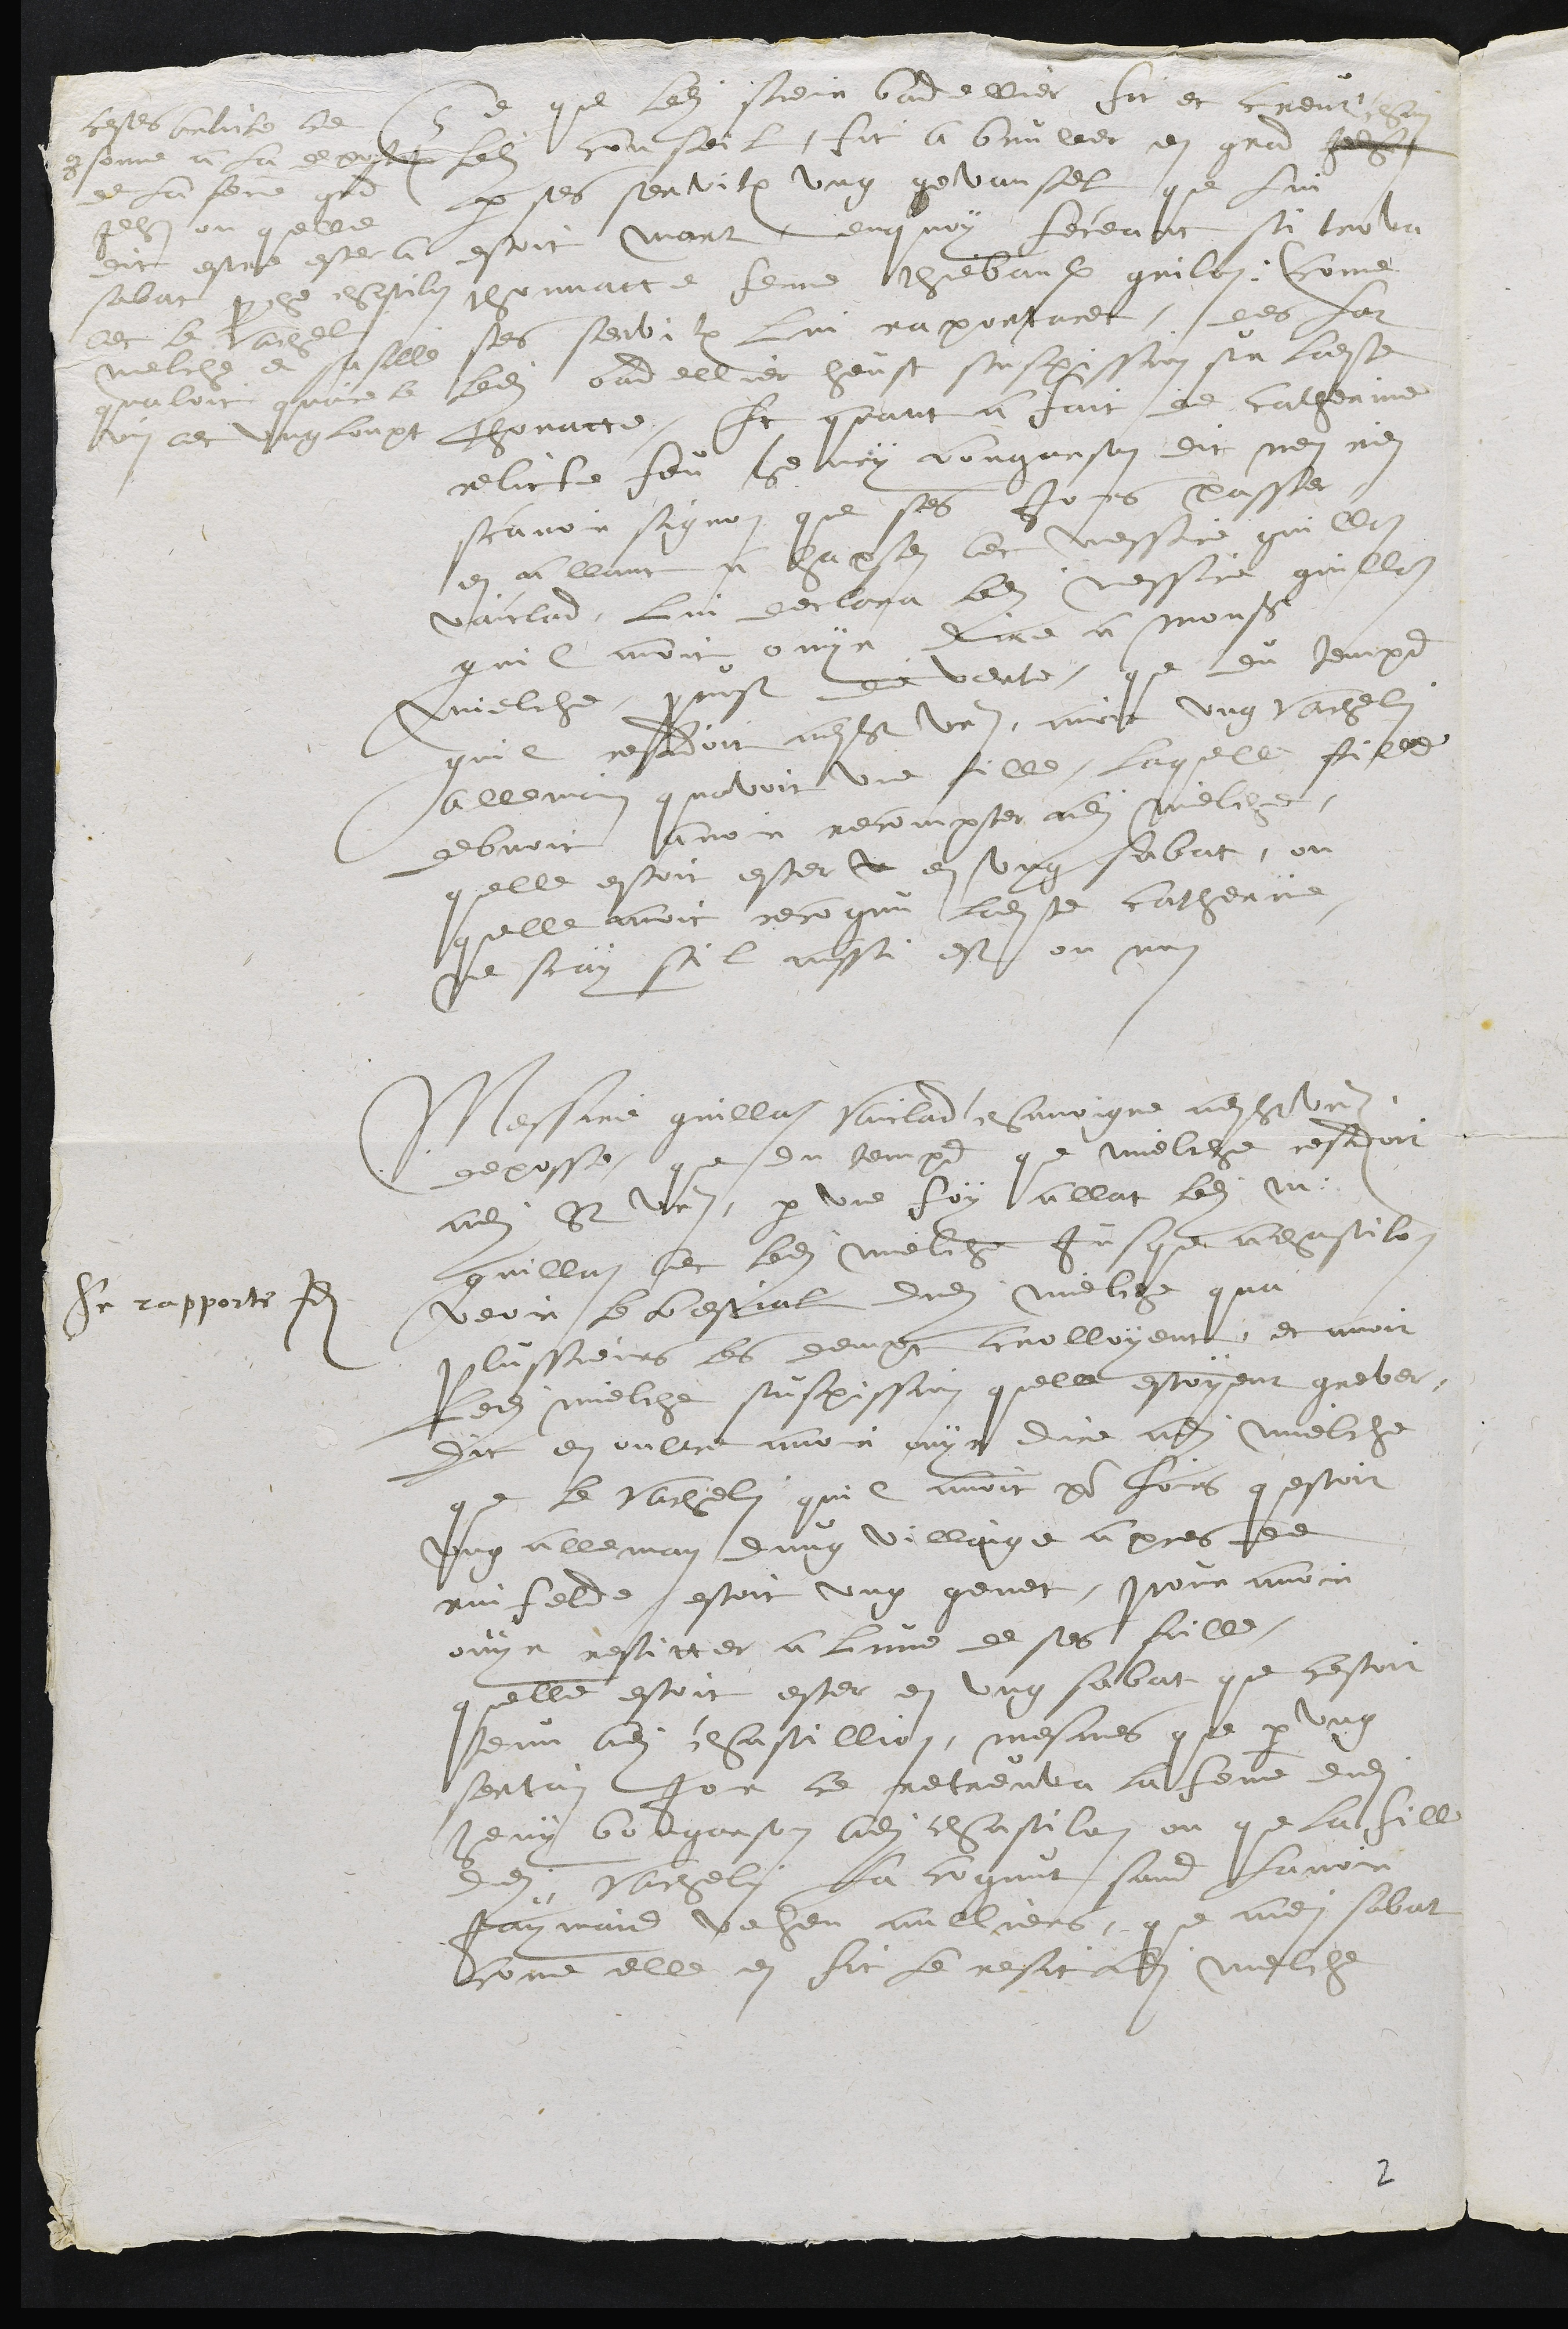
Cestes article ce
conforme a la deposition
de la femme grand
Jehan ou quelle
dit estre ester a
sabat proche chastilon
avec le  vachelin
melche et sa fille
qualoit quere le
vin avec ung loupt
Ce que ledi sieur bandellier fit et creut chein
ledit conseil, fit a bruller en grand jeh
par ses serviteurs ung gevansel que lui
estoit mort, de quoy feceant si trova
thonnatte feme thiebaulx grilon (come
ses serviteurs lui raportaret. des lor
ledit bandellier heust suspission sur ladite
thonatte, Et quant a fait de Catherine
relicte feu henry bongarson, et nen rien
scavoir signon que ses jours passer
en allant a chastillon avec messire grillon
vaicland, lui declara ledit messire grillon
quil avoit ouyr dire a monsieur
Melche, prevost de Verte, que du temps
quil residoit audit Saint Ursanne, avoit ung vachelin
alleman quavoit une fille, laquelle fille
debvoit avoir recompter adi mielche
quelle esoit ester u en ung sabat, ou
quelle avoit recognu ladite Catherine,
ne scay sil ainssi est ou non
Se rapporte Idem
Messire grillon Vaicland chanoigne audit Saint Ursanne
deposse que du temps que Mielche residoit
audit Saint Ursanne, par une foy allat ledit Messire
grillon avec ledit Mielche jusque chastilon
veoir le bestial dudit Mielche qua
plussieurs les dempt crolloyent, et avoit
ledit Mielche suspission quelle estoyent grever,
dit en oultre avoir ouyr dire audit Mielche
que le vachelin quil avoit pour loirs questoit
ung alleman dung villaige apres de
raifelde estoit ung genet, pour avoir
ouyr resitter a lune de ses filles
quelle estoit ester en ung sabat que cestoit
tenu audit chastillion, mesmes que par ung
sertain jor ce retreuva la femme dudit
henry bongarson audit chastilon ou que la fille
dudit vachelin la cognut sans lavoir
jaymais veheu aulliers que audit sabat
come elle en fit le resit audit Melche